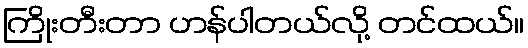
ကြိုးတီးတာ ဟန်ပါတယ်လို့ တင်ထယ်။